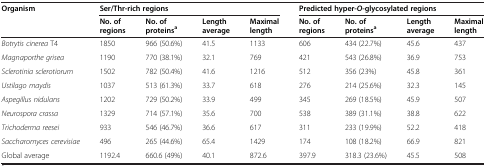
<table><thead><tr><td><b>Organism</b></td><td colspan="4"><b>Ser/Thr-rich regions</b></td><td colspan="4"><b>Predicted hyper-<i>O</i>-glycosylated regions</b></td></tr><tr><td><b> </b></td><td><b>No. of regions</b></td><td><b>No. of proteins<sup>a</sup></b></td><td><b>Length average</b></td><td><b>Maximal length</b></td><td><b>No. of regions</b></td><td><b>No. of proteins<sup>a</sup></b></td><td><b>Length average</b></td><td><b>Maximal length</b></td></tr></thead><tbody><tr><td><i>Botrytis cinerea</i> T4</td><td>1850</td><td>966 (50.6%)</td><td>41.5</td><td>1133</td><td>606</td><td>434 (22.7%)</td><td>45.6</td><td>437</td></tr><tr><td><i>Magnaporthe grisea</i></td><td>1190</td><td>770 (38.1%)</td><td>32.1</td><td>769</td><td>421</td><td>543 (26.8%)</td><td>36.9</td><td>753</td></tr><tr><td><i>Sclerotinia sclerotiorum</i></td><td>1502</td><td>782 (50.4%)</td><td>41.6</td><td>1216</td><td>512</td><td>356 (23%)</td><td>45.8</td><td>361</td></tr><tr><td><i>Ustilago maydis</i></td><td>1037</td><td>513 (61.3%)</td><td>33.7</td><td>618</td><td>276</td><td>214 (25.6%)</td><td>32.3</td><td>145</td></tr><tr><td><i>Aspegillus nidulans</i></td><td>1202</td><td>729 (50.2%)</td><td>33.9</td><td>499</td><td>345</td><td>269 (18.5%)</td><td>45.9</td><td>507</td></tr><tr><td><i>Neurospora crassa</i></td><td>1329</td><td>714 (57.1%)</td><td>35.6</td><td>700</td><td>538</td><td>389 (31.1%)</td><td>38.8</td><td>622</td></tr><tr><td><i>Trichoderma reesei</i></td><td>933</td><td>546 (46.7%)</td><td>36.6</td><td>617</td><td>311</td><td>233 (19.9%)</td><td>52.2</td><td>418</td></tr><tr><td><i>Saccharomyces cerevisiae</i></td><td>496</td><td>265 (44.6%)</td><td>65.4</td><td>1429</td><td>174</td><td>108 (18.2%)</td><td>66.9</td><td>821</td></tr><tr><td>Global average</td><td>1192.4</td><td>660.6 (49%)</td><td>40.1</td><td>872.6</td><td>397.9</td><td>318.3 (23.6%)</td><td>45.5</td><td>508</td></tr></tbody></table>